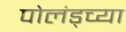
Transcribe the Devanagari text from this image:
पोलंड्च्या